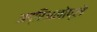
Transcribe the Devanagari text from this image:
अद्रिअनोप्ले